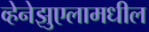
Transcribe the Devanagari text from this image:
व्हेनेझुएलामधील